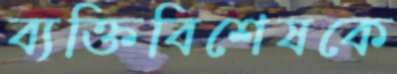
ব্যক্তিবিশেষকে